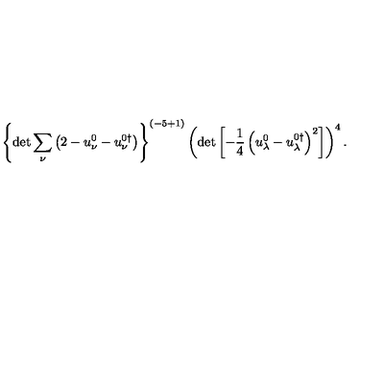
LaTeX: \left\{ \det \sum _ { \nu } \left( 2 - u _ { \nu } ^ { 0 } - u _ { \nu } ^ { 0 \dagger } \right) \right\} ^ { ( { - 5 + 1 } ) } \left( \det \left[ - \frac 1 4 \left( u _ { \lambda } ^ { 0 } - u _ { \lambda } ^ { 0 \dagger } \right) ^ { 2 } \right] \right) ^ { 4 } .